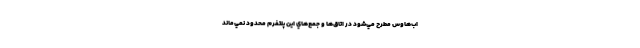
اب‌هاوس مطرح مي‌شود در اتاق‌ها و جمع‌هاي اين پلتفرم محدود نمي‌ماند